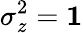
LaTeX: \sigma_{z}^{2}={\mathbf 1}